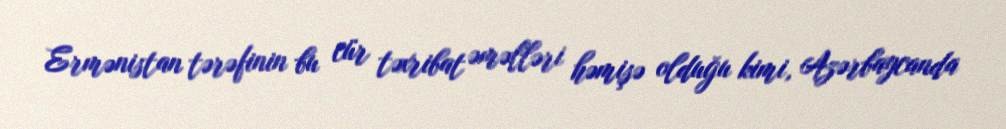
Ermənistan tərəfinin bu cür təxribat əməlləri həmişə olduğu kimi, Azərbaycanda